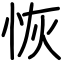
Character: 恢